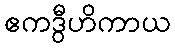
ဧကဒွီဟိကာယ